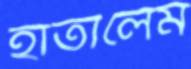
হাতালেম